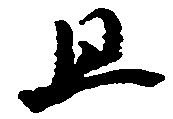
且